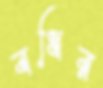
বধির